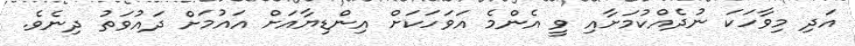
އަދި މިވާހަކަ ނުދެއްކުމަށާއި ވީ އެންމެ އަވަހަކަށް އިންޑިޔާއަށް އައުމަށް ދައުވަތު ދިނެވެ.